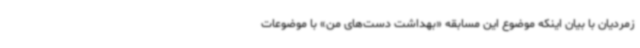
زمردیان با بیان اینکه موضوع این مسابقه «بهداشت دست‌های من» با موضوعات